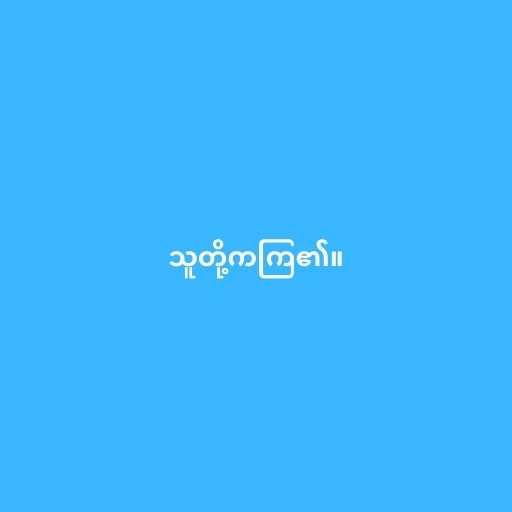
သူတို့ကကြ၏။